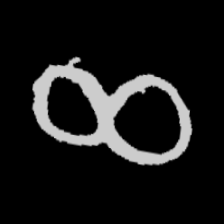
Pyu character \u2014 Myanmar letter: ဆ (romanized: cha)